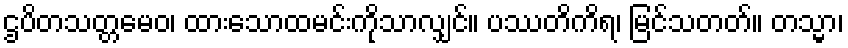
ဌပိတသတ္တမေဝ၊ ထားသောထမင်းကိုသာလျှင်။ ပဿတိကိရ၊ မြင်သတတ်။ တသ္မာ၊